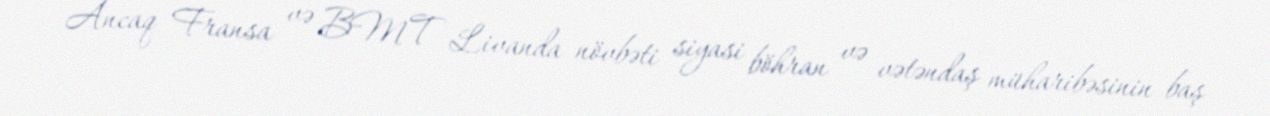
Ancaq Fransa və BMT Livanda növbəti siyasi böhran və vətəndaş müharibəsinin baş